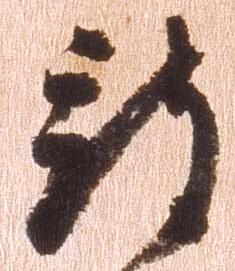
被